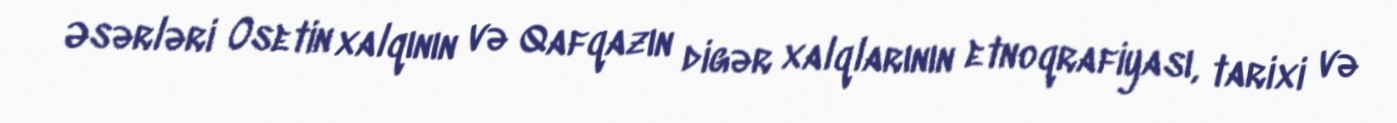
Əsərləri Osetin xalqının və Qafqazın digər xalqlarının etnoqrafiyası, tarixi və